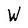
Character: W